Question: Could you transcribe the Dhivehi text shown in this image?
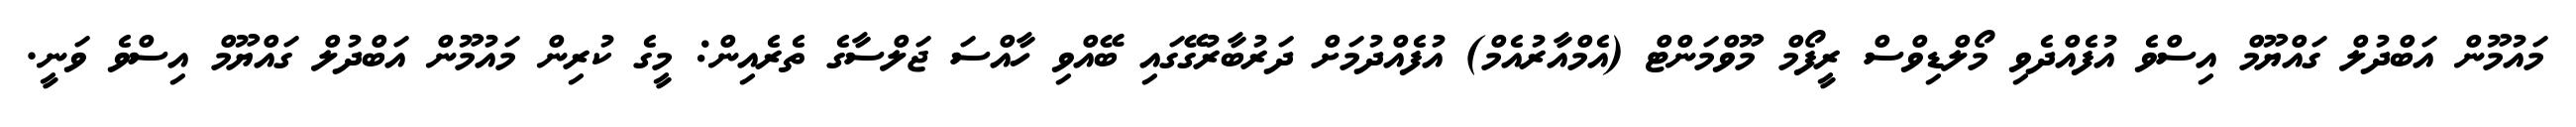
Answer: މައުމޫން އަބްދުލް ގައްޔޫމް އިސްވެ އުފެއްދެވި މޯލްޑިވްސް ރީފޯމް މޫވްމަންޓް (އެމްއާރުއެމް) އުފެއްދުމަށް ދަރުބާރުގޭގައި ބޭއްވި ހާއްސަ ޖަލްސާގެ ތެރެއިން: މީގެ ކުރިން މައުމޫން އަބްދުލް ގައްޔޫމް އިސްވެ ވަނީ.